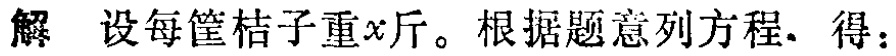
解 设每筐桔子重\(x\)斤。根据题意列方程，得：